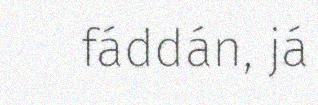
fáddán, já